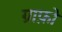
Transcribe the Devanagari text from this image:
ग्राफ़ो